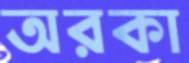
অরকা